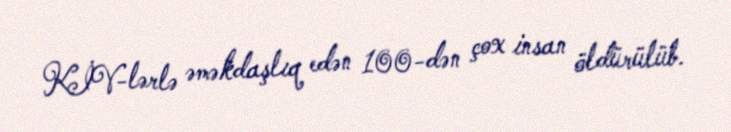
KİV-lərlə əməkdaşlıq edən 100-dən çox insan öldürülüb.